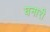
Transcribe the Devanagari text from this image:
घनारी